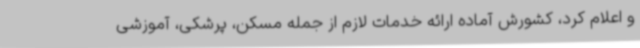
و اعلام کرد، کشورش آماده ارائه خدمات لازم از جمله مسکن، پرشکی، آموزشی